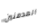
المدمنين